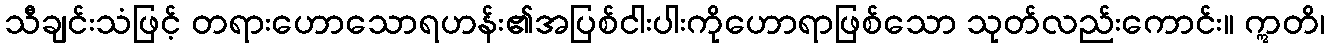
သီချင်းသံဖြင့် တရားဟောသောရဟန်း၏အပြစ်ငါးပါးကိုဟောရာဖြစ်သော သုတ်လည်းကောင်း။ ဣတိ၊